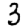
Digit: 3